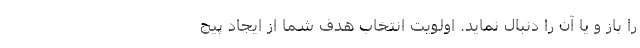
را باز و یا آن را دنبال نماید. اولویت انتخاب هدف شما از ایجاد پیج